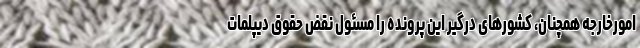
امورخارجه همچنان، کشورهای درگیر این پرونده را مسئول نقض حقوق دیپلمات